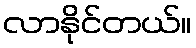
လာနိုင်တယ်။